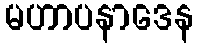
မဟာပနာဒေန